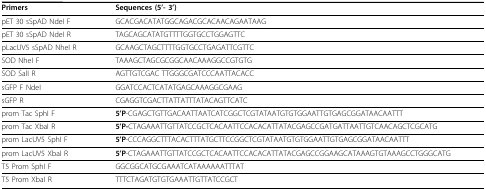
<table><thead><tr><td><b>Primers</b></td><td><b>Sequences (5&#x27;- 3&#x27;)</b></td></tr></thead><tbody><tr><td>pET 30 sSpAD NdeI F</td><td>GCACGACATATGGCAGACGCACAACAGAATAAG</td></tr><tr><td>pET 30 sSpAD NdeI R</td><td>TAGCAGCATATGTTTTGGTGCCTGGAGTTC</td></tr><tr><td>pLacUV5 sSpAD NheI R</td><td>GCAAGCTAGCTTTTGGTGCCTGAGATTCGTTC</td></tr><tr><td>SOD NheI F</td><td>TAAAGCTAGCGCGGCAACAAAGGCCGTGTG</td></tr><tr><td>SOD SalI R</td><td>AGTTGTCGAC TTGGGCGATCCCAATTACACC</td></tr><tr><td>sGFP F NdeI</td><td>GGATCCACTCATATGAGCAAAGGCGAAG</td></tr><tr><td>sGFP R</td><td>CGAGGTCGACTTATTATTTATACAGTTCATC</td></tr><tr><td>prom Tac SphI F</td><td><b>5&#x27;P</b>-CGAGCTGTTGACAATTAATCATCGGCTCGTATAATGTGTGGAATTGTGAGCGGATAACAATTT</td></tr><tr><td>prom Tac XbaI R</td><td><b>5&#x27;P-</b>CTAGAAATTGTTATCCGCTCACAATTCCACACATTATACGAGCCGATGATTAATTGTCAACAGCTCGCATG</td></tr><tr><td>prom LacUV5 SphI F</td><td><b>5&#x27;P</b>-CCCAGGCTTTACACTTTATGCTTCCGGCTCGTATAATGTGTGGAATTGTGAGCGGATAACAATTT</td></tr><tr><td>prom LacUV5 XbaI R</td><td><b>5&#x27;P</b>-CTAGAAATTGTTATCCGCTCACAATTCCACACATTATACGAGCCGGAAGCATAAAGTGTAAAGCCTGGGCATG</td></tr><tr><td>T5 Prom SphI F</td><td>GGCGGCATGCGAAATCATAAAAAATTTAT</td></tr><tr><td>T5 Prom XbaI R</td><td>TTTCTAGATGTGTGAAATTGTTATCCGCT</td></tr></tbody></table>